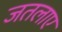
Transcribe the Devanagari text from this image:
जतलाए